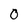
Character: 0